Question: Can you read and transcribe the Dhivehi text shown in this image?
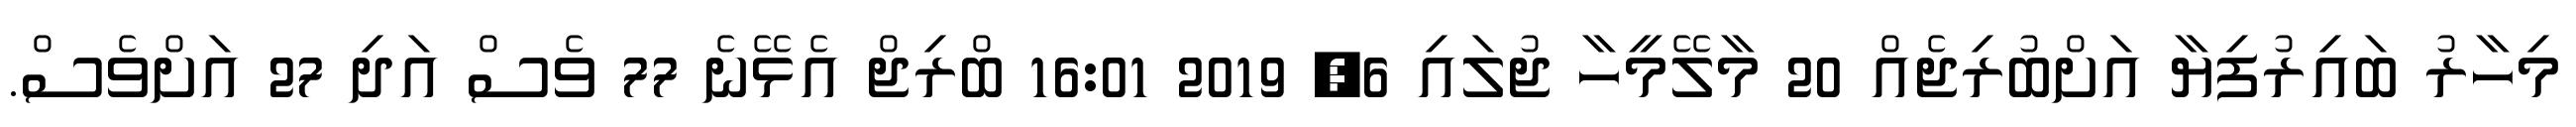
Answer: މިހާރު ބައިރުފިޔާ އަށްބުރިޖެއް 20 މާލޭމީހާ ޖުލައި 6, 2019 16:01 ބްރިޖް އެޅޭނެ 77 ވެސް އަދި 27 އަށްވެސް.